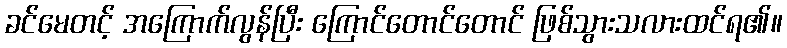
ခင်မေတင့် အကြောက်လွန်ပြီး ကြောင်တောင်တောင် ဖြစ်သွားသလားထင်ရ၏။